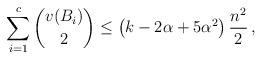
LaTeX: \begin{align*}\sum_{i=1}^c \binom{v(B_i)}{2} \leq \left(k-2\alpha+5\alpha^2\right)\frac{n^2}{2}\,,\end{align*}